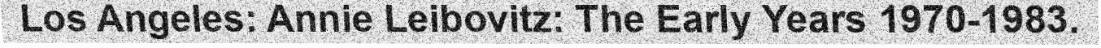
Los Angeles: Annie Leibovitz: The Early Years 1970-1983.